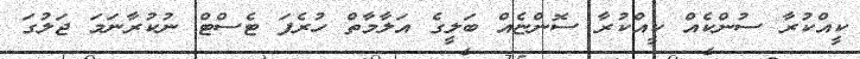
ކީއްކުރާ ސުންކެއް ކީއްކުރާ ސޮންޏެއް ބަލީގެ އަލާމާތް ހުރެފަ ޓެސްޓް ނުކުރާނަމަ ޖަލުގަ